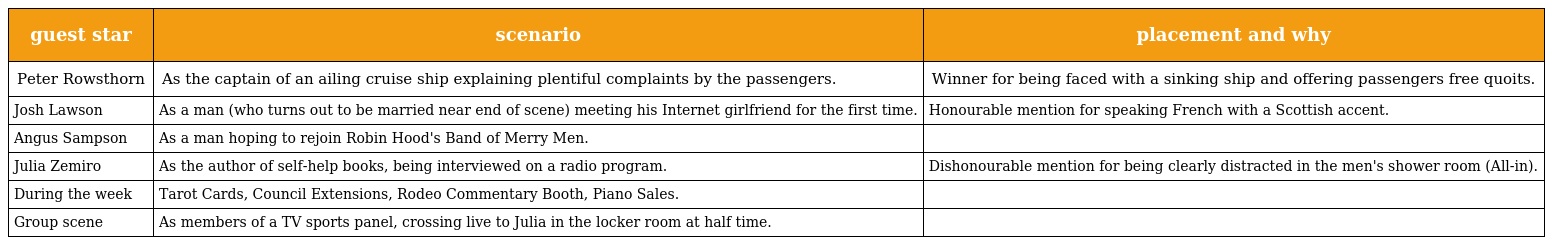
| guest star | scenario | placement and why |
 | --- | --- | --- |
 | Peter Rowsthorn | As the captain of an ailing cruise ship explaining plentiful complaints by the passengers. | Winner for being faced with a sinking ship and offering passengers free quoits. |
 | Josh Lawson | As a man (who turns out to be married near end of scene) meeting his Internet girlfriend for the first time. | Honourable mention for speaking French with a Scottish accent. |
 | Angus Sampson | As a man hoping to rejoin Robin Hood's Band of Merry Men. |  |
 | Julia Zemiro | As the author of self-help books, being interviewed on a radio program. | Dishonourable mention for being clearly distracted in the men's shower room (All-in). |
 | During the week | Tarot Cards, Council Extensions, Rodeo Commentary Booth, Piano Sales. |  |
 | Group scene | As members of a TV sports panel, crossing live to Julia in the locker room at half time. |  |